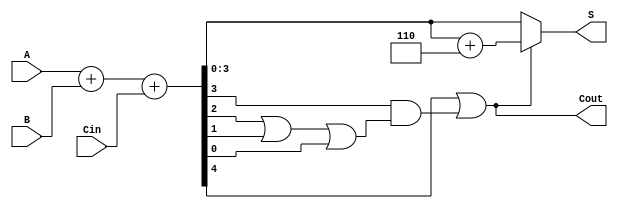
module BCD_Adder (
    input  [3:0] A,      // First BCD digit
    input  [3:0] B,      // Second BCD digit
    input        Cin,     // Carry-in
    output [3:0] S,      // BCD sum output
    output       Cout     // Carry-out
);

    wire [4:0] Sum;      // 5-bit sum to accommodate carry
    wire Correction;      // Correction signal

    // Step 1: Binary Addition
    assign Sum = A + B + Cin;

    // Step 2: BCD Correction Logic
    assign Correction = Sum[4] | (Sum[3] & (Sum[2] | Sum[1] | Sum[0]));

    // Step 3: Final Output Calculation
    assign S = Correction ? (Sum + 5'd6) : Sum[3:0];
    assign Cout = Correction;

endmodule